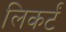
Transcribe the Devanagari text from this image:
लिकर्टं